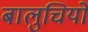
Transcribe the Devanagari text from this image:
बालुचियों